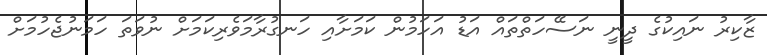
ޒާކިރު ނައިކުގެ ދީނީ ނަސޭހަތްތައް އަޑު އަހަމުން ކަމަށާއި ހަނގުރާމަވެރިކަމަށް ނުވަތަ ހަމަނުޖެހުމަށް